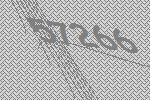
57266